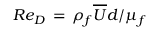
R e _ { D } \, = \, \rho _ { f } \overline { { U } } d / \mu _ { f }